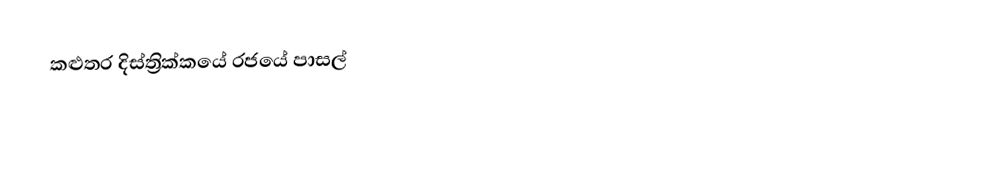
කළුතර දිස්ත්‍රික්කයේ රජයේ පාසල්